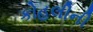
કોહલીની